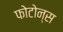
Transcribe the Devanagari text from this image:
फोटोन्स